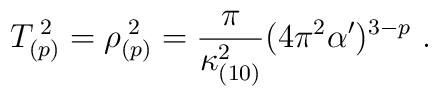
T_{(p)}^{\; 2} = \rho_{(p)}^{\; 2} = \frac{\pi}{\kappa_{(10)}^2}(4\pi^2\alpha^\prime)^{3-p}\ .